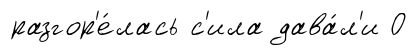
разгор'е́лась с'ила дава́л'и О